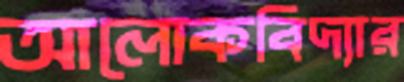
আলোকবিদ্যার